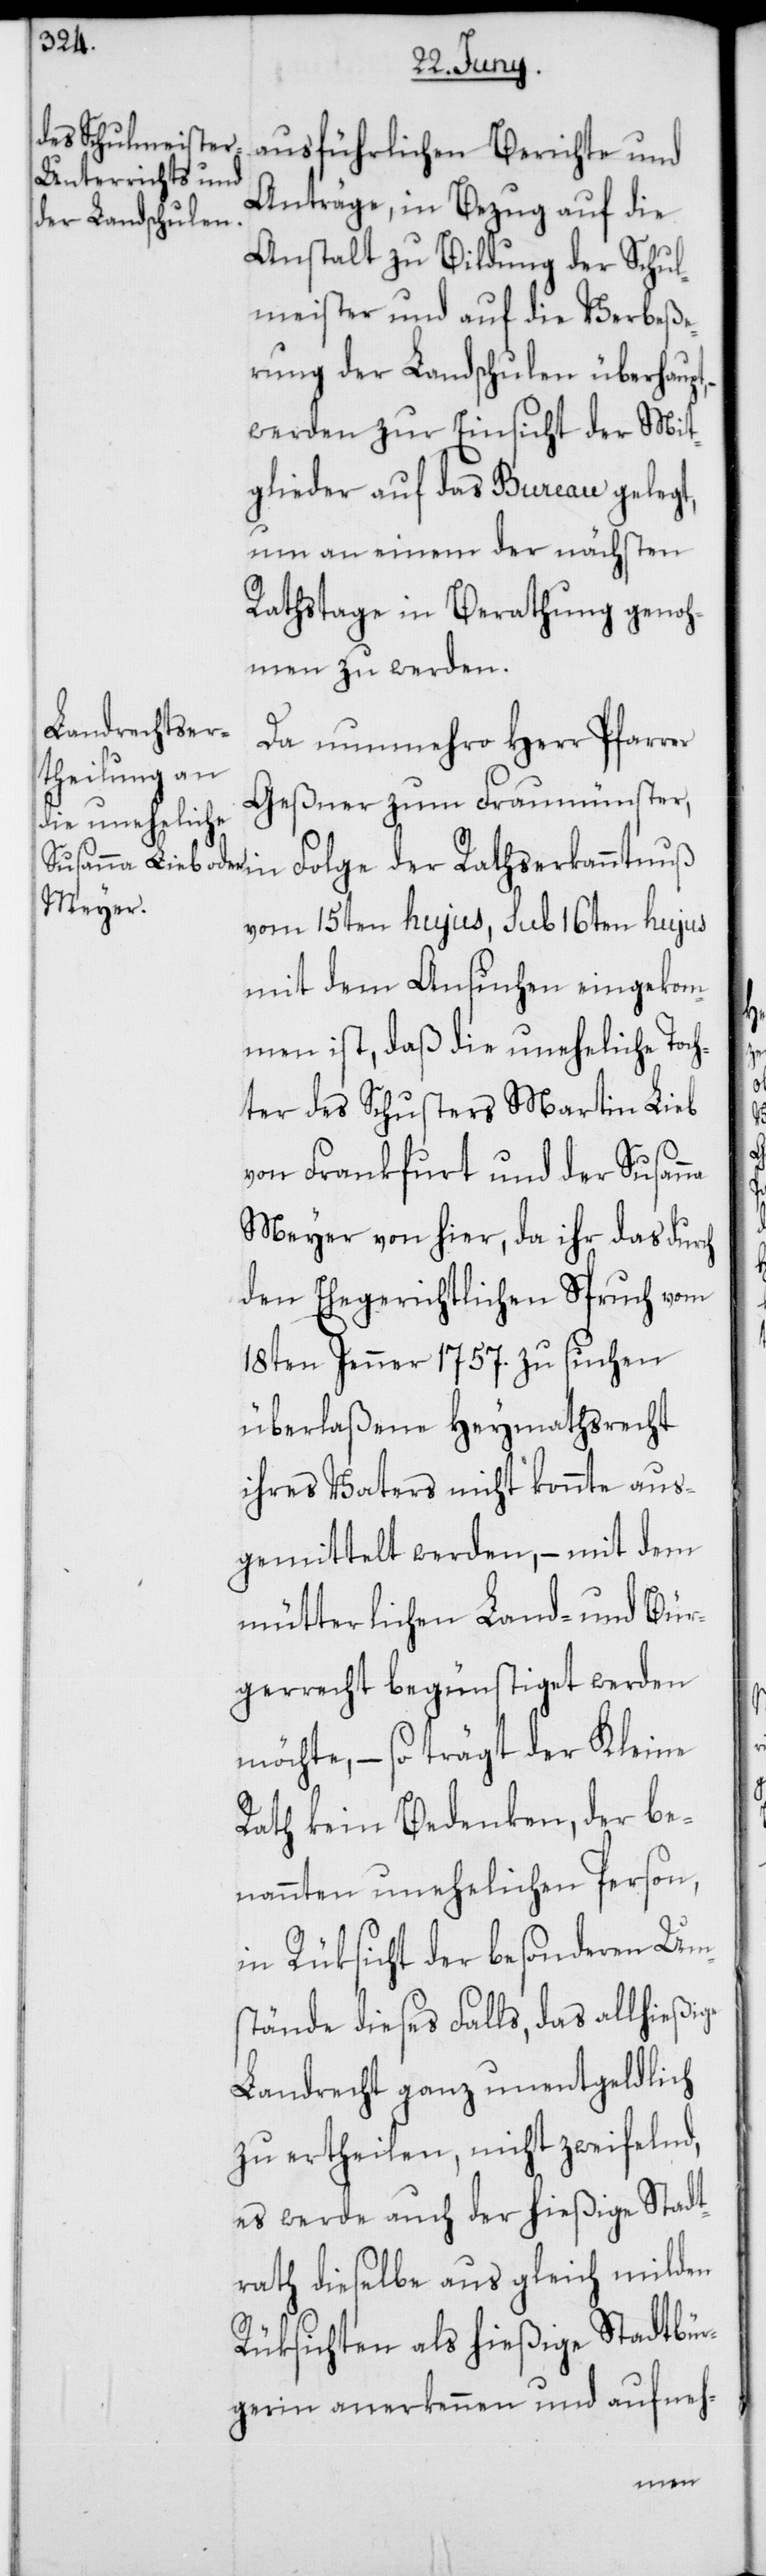
ausführlichen Berichte und
Anträge, in Bezug auf die
Anstalt zu Bildung der Schul¬
meister und auf die Verbeße¬
rung der Landschulen überhaupt,
werden zur Einsicht der Mit¬
glieder auf das Bureau gelegt,
um an einem der nächsten
Rathstage in Berathung genoh¬
men zu werden.
Da nunmehro Herr Pfarrer
Geßner zum Fraumünster,
in Folge der Rathserkanntnuß
vom 15ten hujus, sub 16ten hujus
mit dem Ansuchen eingekom¬
men ist, daß die uneheliche Toch¬
ter des Schusters Martin Lieb
von Frankfurt und der Susanna
Meyer von hier, da ihr das durch
den Ehegerichtlichen Spruch vom
18ten Jenner 1757. zu suchen
überlaßene Heymathsrecht
ihres Vaters nicht konnte aus¬
gemittelt werden, – mit dem
mütterlichen Land- und Bür¬
gerrecht begünstiget werden
möchte, – so trägt der Kleine
Rath kein Bedenken, der be¬
nannten unehelichen Person,
in Rüksicht der besonderen Um¬
stände dieses Falls, das allhießige
Landrecht ganz unentgeldlich
zu ertheilen, nicht zweifelnd,
es werde auch der hießige Stadt¬
rath dieselbe aus gleich milden
Rüksichten als hießige Stadtbür¬
gerin anerkennen und aufneh-